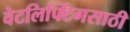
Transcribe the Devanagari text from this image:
वेटलिफ्टिंगसाठी